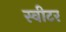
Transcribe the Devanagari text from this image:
स्वीटर